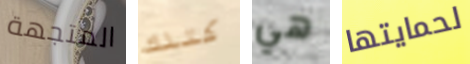
المتجهة كتلك هي لحمايتها